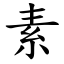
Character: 素